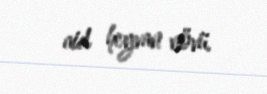
aid heyvan növü.